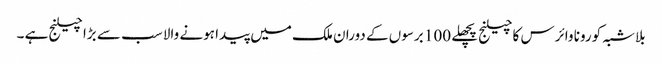
بلاشبہ کورونا وائرس کا چیلنج پچھلے 100 برسوں کے دوران ملک میں پیدا ہونے والا سب سے بڑا چیلنج ہے ۔